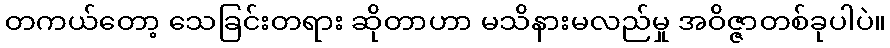
တကယ်တော့ သေခြင်းတရား ဆိုတာဟာ မသိနားမလည်မှု အဝိဇ္ဇာတစ်ခုပါပဲ။